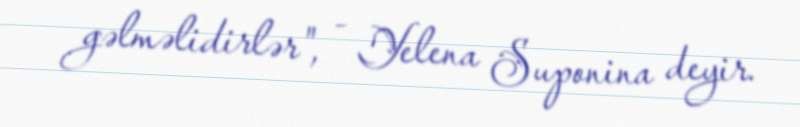
gəlməlidirlər", - Yelena Suponina deyir.